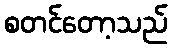
စတင်တော့သည်